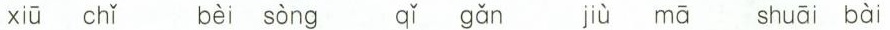
xiū chǐ bèi sòng qǐ gǎn jiù mā shuāi bài